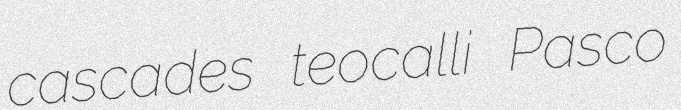
cascades teocalli Pasco